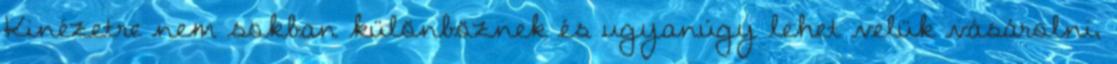
Kinézetre nem sokban különböznek és ugyanúgy lehet velük vásárolni,